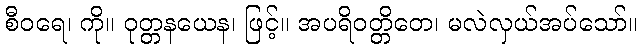
စီဝရေ၊ ကို။ ဝုတ္တနယေန၊ ဖြင့်။ အပရိဝတ္တိတေ၊ မလဲလှယ်အပ်သော်။